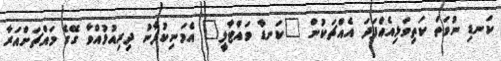
ކަނޑި ނުވަތަ ކަތިވަޅިއެއްފަދަ އެއްޗަކުން "ކަނޑާ ވަައްޓާލީ" އެމަނިކުފާނު ދިރިއުޅުއްވާ ގޭގެ މައްޗަށްއަރާ